Annual statistical returns and brief notes on vaccination in Bengal - 1909-1929
Year: 1909
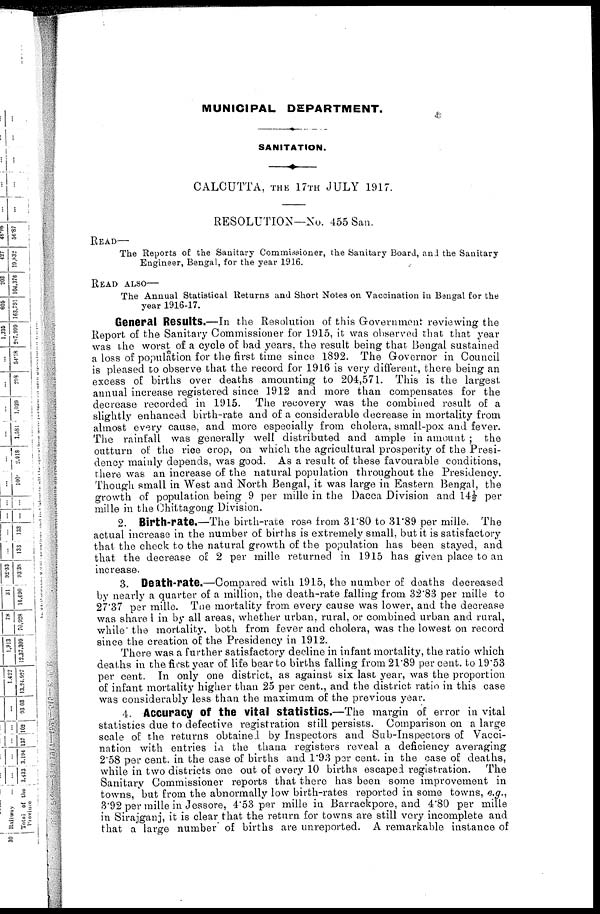
MUNICIPAL DEPARTMENT.
SANITATION.
CALCUTTA, THE 17TH JULY 1917.
RESOLUTION—No. 455 San.
READ—
The Reports of the Sanitary Commissioner, the Sanitary Board, and the Sanitary
Engineer, Bengal, for the year 1916.
READ ALSO—
The Annual Statistical Returns and Short Notes on Vaccination in Bengal for the
year 1916-17.
General Results.—In the Resolution of this Government reviewing the
Report of the Sanitary Commissioner for 1915, it was observed that that year
was the worst of a cycle of bad years, the result being that Bengal sustained
a loss of population for the first time since 1892. The Governor in Council
is pleased to observe that the record for 1916 is very different, there being an
excess of births over deaths amounting to 204,571. This is the largest
annual increase registered since 1912 and more than compensates for the
decrease recorded in 1915. The recovery was the combined result of a
slightly enhanced birth-rate and of a considerable decrease in mortality from
almost every cause, and more especially from cholera, small-pox and fever.
The rainfall was generally well distributed and ample in amount ; the
outturn of the rice crop, on which the agricultural prosperity of the Presi-
dency mainly depends, was good. As a result of these favourable conditions,
there was an increase of the natural population throughout the Presidency.
Though small in West and North Bengal, it was large in Eastern Bengal, the
growth of population being 9 per mille in the Dacca Division and 14½ per
mille in the Chittagong Division.
2. Birth-rate.—The birth-rate rose from 31.80 to 31.89 per mille. The
actual increase in the number of births is extremely small, but it is satisfactory
that the check to the natural growth of the population has been stayed, and
that the decrease of 2 per mille returned in 1915 has given place to an
increase.
3. Death-rate.—Compared with 1915, the number of deaths decreased
by nearly a quarter of a million, the death-rate falling from 32.83 per mille to
27.37 per mille. The mortality from every cause was lower, and the decrease
was shared in by all areas, whether urban, rural, or combined urban and rural,
while the mortality, both from fever and cholera, was the lowest on record
since the creation of the Presidency in 1912.
There was a further satisfactory decline in infant mortality, the ratio which
deaths in the first year of life bear to births falling from 21.89 per cent. to 19.53
per cent. In only one district, as against six last year, was the proportion
of infant mortality higher than 25 per cent., and the district ratio in this case
was considerably less than the maximum of the previous year.
4. Accuracy of the vital statistics.—The margin of error in vital
statistics due to defective registration still persists. Comparison on a large
scale of the returns obtained by Inspectors and Sub-Inspectors of Vacci-
nation with entries in the thana registers reveal a deficiency averaging
2.58 per cent. in the case of births and 1.93 per cent. in the case of deaths,
while in two districts one out of every 10 births escaped registration. The
Sanitary Commissioner reports that there has been some improvement in
towns, but from the abnormally low birth-rates reported in some towns, e.g.,
3.92 per mille in Jessore, 4.53 per mille in Barrackpore, and 4.80 per mille
in Sirajganj, it is clear that the return for towns are still very incomplete and
that a large number of births are unreported. A remarkable instance of